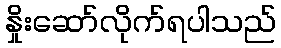
နှိုးဆော်လိုက်ရပါသည်